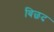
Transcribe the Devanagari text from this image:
बिछद